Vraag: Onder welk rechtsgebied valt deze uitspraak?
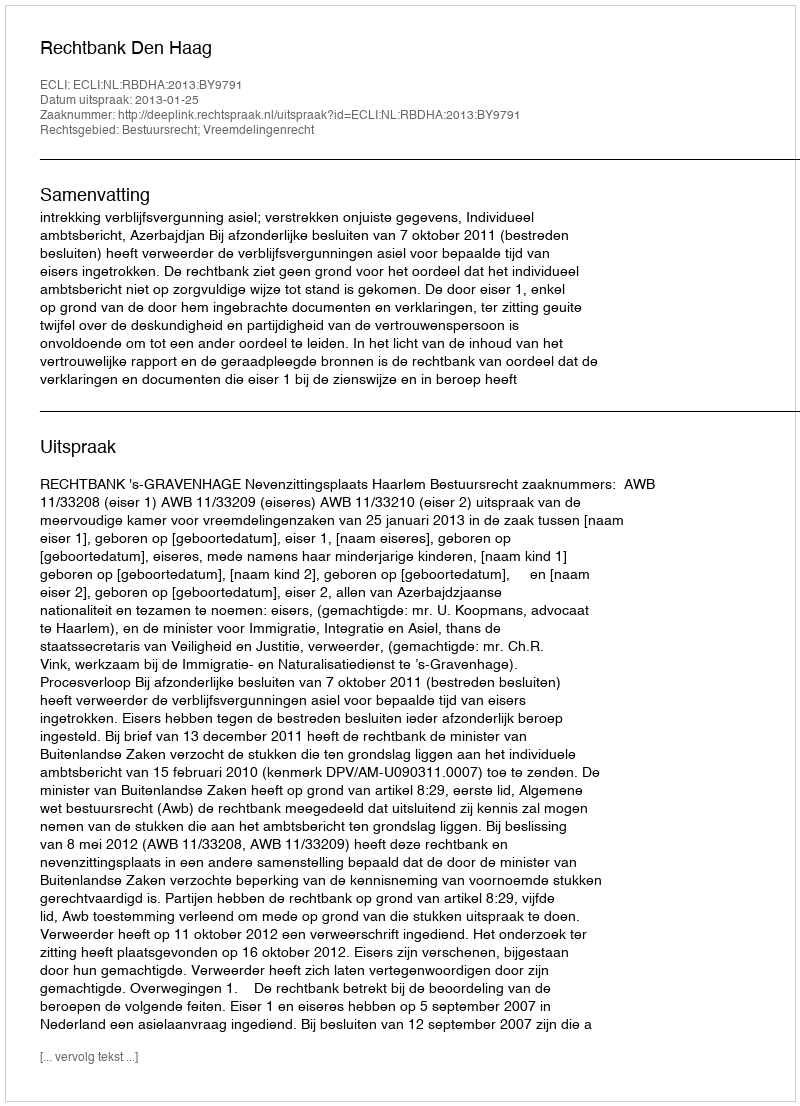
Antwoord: Bestuursrecht; Vreemdelingenrecht